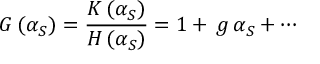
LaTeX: G \left( \alpha _ { S } \right) = \frac { K \left( \alpha _ { S } \right) } { H \left( \alpha _ { S } \right) } = 1 + \, g \, \alpha _ { S } + \cdots